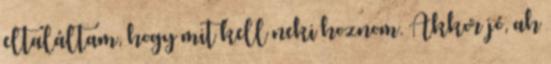
eltaláltam, hogy mit kell neki hoznom. Akkor jó, ah